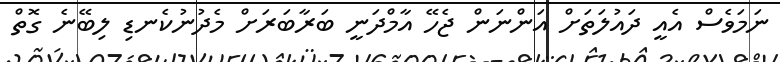
ނަމަވެސް އެއީ ދައުލަތަށް އަންނަން ޖެހޭ އާމްދަނީ ބަރާބަރަށް މެދުނުކެނޑި ލިބޭނެ ގޮތް